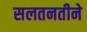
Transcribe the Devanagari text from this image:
सलतनतीने